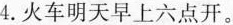
4.火车明天早上六点开。